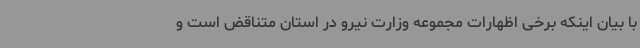
با بیان اینکه برخی اظهارات مجموعه وزارت نیرو در استان متناقض است و